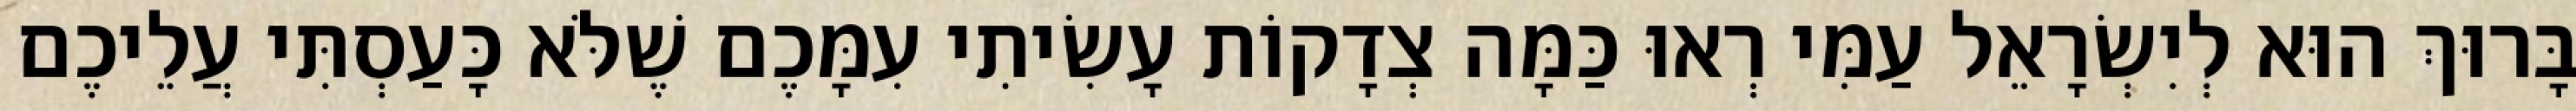
בָּרוּךְ הוּא לְיִשְׂרָאֵל עַמִּי רְאוּ כַּמָּה צְדָקוֹת עָשִׂיתִי עִמָּכֶם שֶׁלֹּא כָּעַסְתִּי עֲלֵיכֶם